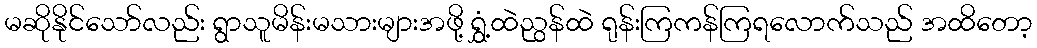
မဆိုနိုင်သော်လည်း ရွာသူမိန်းမသားများအဖို့ ရွှံ့ထဲညွန်ထဲ ရုန်းကြကန်ကြရလောက်သည် အထိတော့